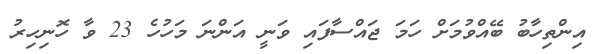
އިންތިހާބު ބޭއްވުމަށް ހަމަ ޖައްސާފައި ވަނީ އަންނަ މަހުހެ 23 ވާ ހޮނިހިރު